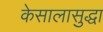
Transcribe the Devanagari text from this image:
केसालासुद्धा